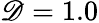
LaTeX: \mathscr{D}=1.0